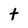
Character: t